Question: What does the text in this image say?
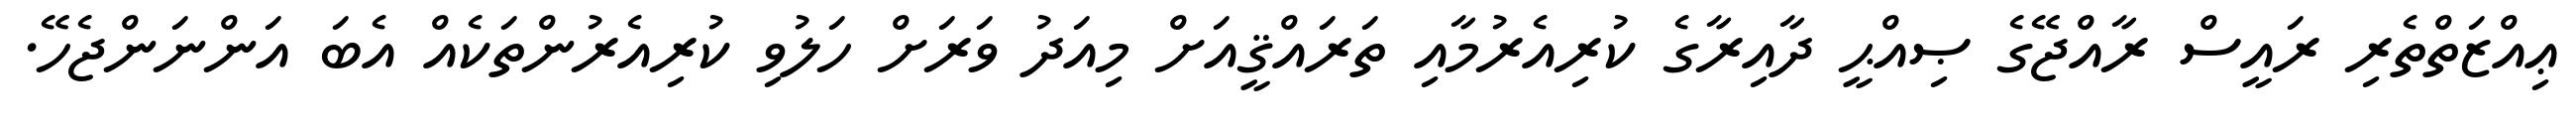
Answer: ޢިއްޒަތްތެރި ރައީސް ރާއްޖޭގެ ޞިއްޙީ ދާއިރާގެ ކުރިއެރުމާއި ތަރައްޤީއަށް މިއަދު ވަރަށް ހަލުވި ކުރިއެރުންތަކެއް އެބަ އަންނަންޖެހޭ.